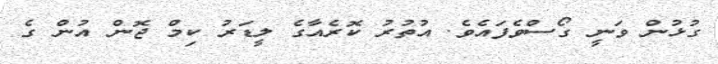
ގުޅުން ވަނީ ގޯސްވެފައެވެ. އުތުރު ކޮރެއާގެ ލީޑަރު ކިމް ޖޮން އުން ގެ